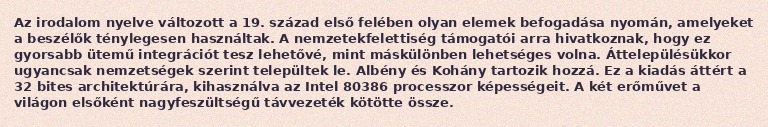
Az irodalom nyelve változott a 19. század első felében olyan elemek befogadása nyomán, amelyeket a beszélők ténylegesen használtak. A nemzetekfelettiség támogatói arra hivatkoznak, hogy ez gyorsabb ütemű integrációt tesz lehetővé, mint máskülönben lehetséges volna. Áttelepülésükkor ugyancsak nemzetségek szerint települtek le. Albény és Kohány tartozik hozzá. Ez a kiadás áttért a 32 bites architektúrára, kihasználva az Intel 80386 processzor képességeit. A két erőművet a világon elsőként nagyfeszültségű távvezeték kötötte össze.